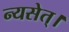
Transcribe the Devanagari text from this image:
न्यसेत्‌।